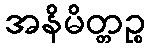
အနိမိတ္တဉ္စ